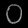
Digit: ၀